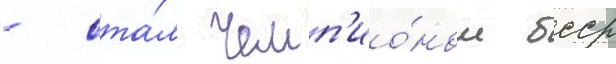
- ста́л чемп'ио́ном бсср